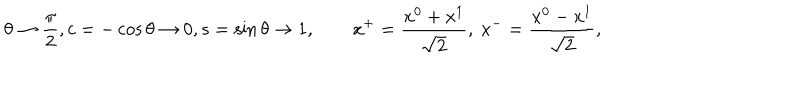
LaTeX: \theta \rightarrow { \frac { \pi } { 2 } } , c = - \cos { \theta } \rightarrow 0 , s = \sin { \theta } \rightarrow 1 , \qquad x ^ { + } = { \frac { x ^ { 0 } + x ^ { 1 } } { \sqrt 2 } } , \ x ^ { - } = { \frac { x ^ { 0 } - x ^ { 1 } } { \sqrt 2 } } ,